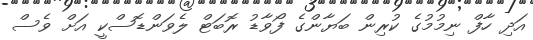
އަދި ހާފް ނިމުމުގެ ކުރިން ބަޔާންގެ ފޯވާޑު ރޮބަޓް ލެވަންޑޮސްކީ އަށް ވެސް